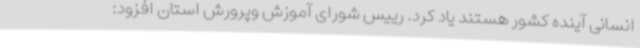
انسانی آینده کشور ‌هستند یاد کرد. رییس شورای آموزش وپرورش استان افزود: